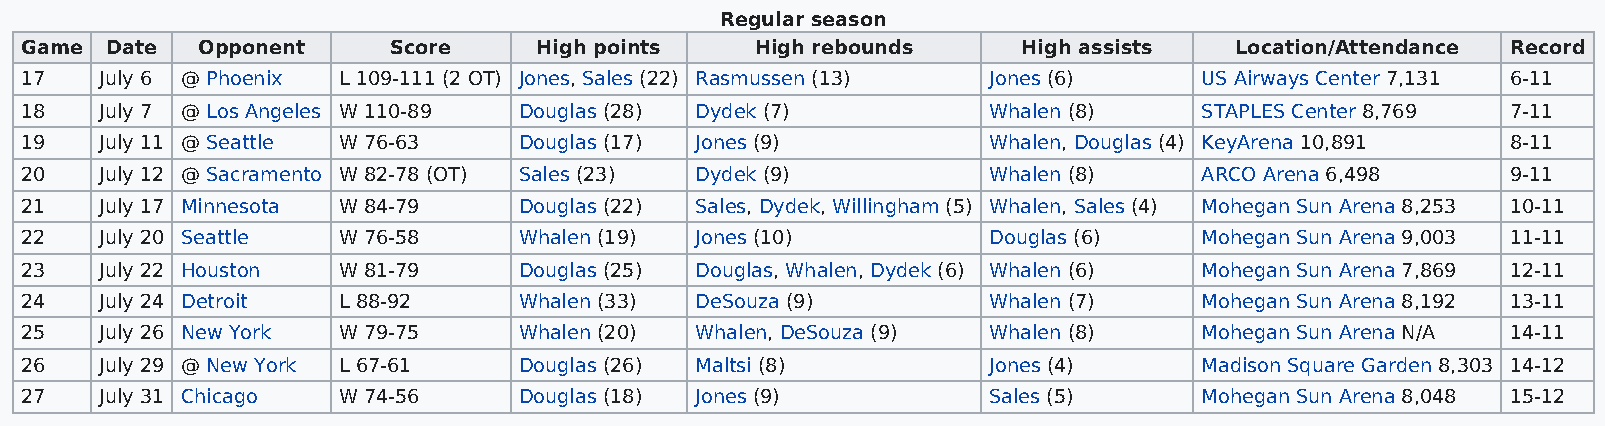
Regular season
 Game  Date  Opponent     Score    High points    High rebounds     High assists  Location/Attendance Record
 17    July 6 @ Phoenix L 109-111 (2 OT) Jones, Sales (22) Rasmussen (13) Jones (6) US Airways Center 7,131 6-11
 18    July 7 @ Los Angeles W 110-89 Douglas (28) Dydek (7)      Whalen (8)     STAPLES Center 8,769 7-11
 19    July 11 @ Seattle W 76-63  Douglas (17) Jones (9)         Whalen, Douglas (4) KeyArena 10,891 8-11
 20    July 12 @ Sacramento W 82-78 (OT) Sales (23) Dydek (9)    Whalen (8)     ARCO Arena 6,498    9-11
 21    July 17 Minnesota W 84-79  Douglas (22) Sales, Dydek, Willingham (5) Whalen, Sales (4) Mohegan Sun Arena 8,253 10-11
 22    July 20 Seattle W 76-58    Whalen (19) Jones (10)         Douglas (6)    Mohegan Sun Arena 9,003 11-11
 23    July 22 Houston W 81-79    Douglas (25) Douglas, Whalen, Dydek (6) Whalen (6) Mohegan Sun Arena 7,869 12-11
 24    July 24 Detroit L 88-92    Whalen (33) DeSouza (9)        Whalen (7)     Mohegan Sun Arena 8,192 13-11
 25    July 26 New York W 79-75   Whalen (20) Whalen, DeSouza (9) Whalen (8)    Mohegan Sun Arena N/A 14-11
 26    July 29 @ New York L 67-61 Douglas (26) Maltsi (8)        Jones (4)      Madison Square Garden 8,303 14-12
 27    July 31 Chicago W 74-56    Douglas (18) Jones (9)         Sales (5)      Mohegan Sun Arena 8,048 15-12